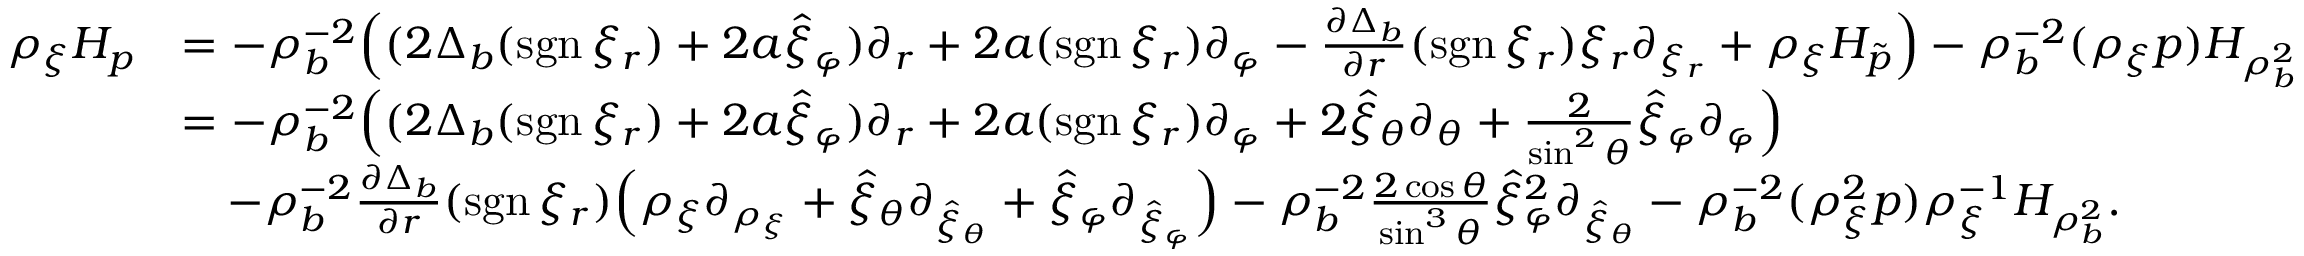
\begin{array} { r l } { \rho _ { \xi } H _ { p } } & { = - \rho _ { b } ^ { - 2 } \Big ( ( 2 \Delta _ { b } ( \mathrm { s g n \, } \xi _ { r } ) + 2 a \hat { \xi } _ { \varphi } ) \partial _ { r } + 2 a ( \mathrm { s g n \, } \xi _ { r } ) \partial _ { \varphi } - \frac { \partial \Delta _ { b } } { \partial r } ( \mathrm { s g n \, } \xi _ { r } ) \xi _ { r } \partial _ { \xi _ { r } } + \rho _ { \xi } H _ { \tilde { p } } \Big ) - \rho _ { b } ^ { - 2 } ( \rho _ { \xi } p ) H _ { \rho _ { b } ^ { 2 } } } \\ & { = - \rho _ { b } ^ { - 2 } \Big ( ( 2 \Delta _ { b } ( \mathrm { s g n \, } \xi _ { r } ) + 2 a \hat { \xi } _ { \varphi } ) \partial _ { r } + 2 a ( \mathrm { s g n \, } \xi _ { r } ) \partial _ { \varphi } + 2 \hat { \xi } _ { \theta } \partial _ { \theta } + \frac { 2 } { \sin ^ { 2 } \theta } \hat { \xi } _ { \varphi } \partial _ { \varphi } \Big ) } \\ & { \quad - \rho _ { b } ^ { - 2 } \frac { \partial \Delta _ { b } } { \partial r } ( \mathrm { s g n \, } \xi _ { r } ) \Big ( \rho _ { \xi } \partial _ { \rho _ { \xi } } + \hat { \xi } _ { \theta } \partial _ { \hat { \xi } _ { \theta } } + \hat { \xi } _ { \varphi } \partial _ { \hat { \xi } _ { \varphi } } \Big ) - \rho _ { b } ^ { - 2 } \frac { 2 \cos \theta } { \sin ^ { 3 } \theta } \hat { \xi } _ { \varphi } ^ { 2 } \partial _ { \hat { \xi } _ { \theta } } - \rho _ { b } ^ { - 2 } ( \rho _ { \xi } ^ { 2 } p ) \rho _ { \xi } ^ { - 1 } H _ { \rho _ { b } ^ { 2 } } . } \end{array}